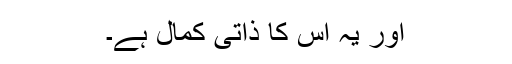
اور یہ اس کا ذاتی کمال ہے۔